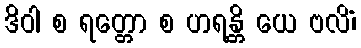
ဒိဝါ စ ရတ္တော စ ဟရန္တိ ယေ ဗလိံ၊